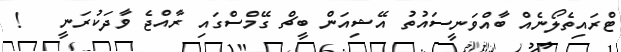
ޓްރައިތެލޯނެއް ބާއްވަނީސައުތު އޭޝިއަން ބީޗް ގޭމްސްގައި ރާއްޖެ ވާދަކުރަނީ   !